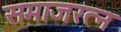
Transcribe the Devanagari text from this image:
समाजरत्न